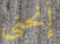
إنحني